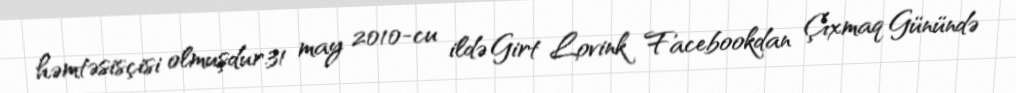
həmtəsisçisi olmuşdur.31 may 2010-cu ildə Girt Lovink Facebookdan Çıxmaq Günündə